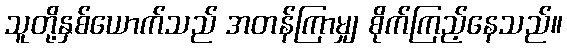
သူတို့နှစ်ယောက်သည် အတန်ကြာမျှ စိုက်ကြည့်နေသည်။